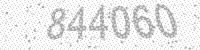
Solution: 844060